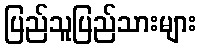
ပြည်သူပြည်သားများ